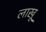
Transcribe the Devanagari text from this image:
लाखू